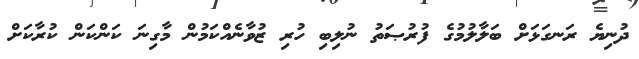
ދުނިޔެ ރަނގަޅަށް ބަލާލުމުގެ ފުރުޞަތު ނުލިބި ހުރި ޒުވާނެއްކަމުން މާގިނަ ކަންކަން ކުރާކަށް